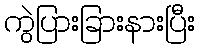
ကွဲပြားခြားနားပြီး